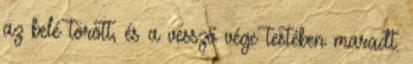
az belé törött, és a vessző vége testében maradt.